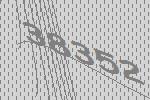
38352